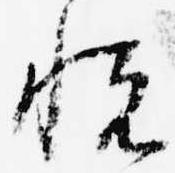
悦